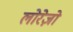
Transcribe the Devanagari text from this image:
लोरेज़ो